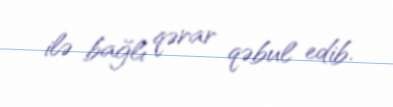
ilə bağlı qərar qəbul edib.